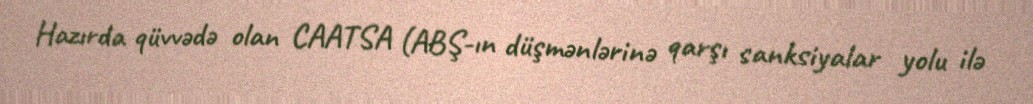
Hazırda qüvvədə olan CAATSA (ABŞ-ın düşmənlərinə qarşı sanksiyalar yolu ilə